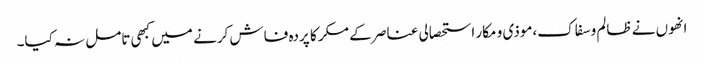
انھوں نے ظالم و سفاک،موذی و مکار استحصالی عناصر کے مکر کا پردہ فاش کرنے میں کبھی تامل نہ کیا۔